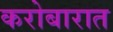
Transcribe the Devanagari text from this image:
करोबारात